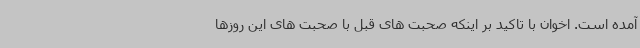
آمده است. اخوان با تاکید بر اینکه صحبت های قبل با صحبت های این روزها